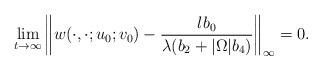
LaTeX: \begin{align*}\lim_{t\to\infty}\left\|w(\cdot,\cdot;u_0;v_0)-\frac{lb_0}{\lambda(b_2+|\Omega|b_4)}\right\|_\infty=0.\end{align*}